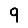
Digit: 9